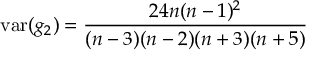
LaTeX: \operatorname { v a r } ( g _ { 2 } ) = { \frac { 2 4 n ( n - 1 ) ^ { 2 } } { ( n - 3 ) ( n - 2 ) ( n + 3 ) ( n + 5 ) } }